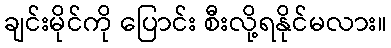
ချင်းမိုင်ကို ပြောင်း စီးလို့ရနိုင်မလား။